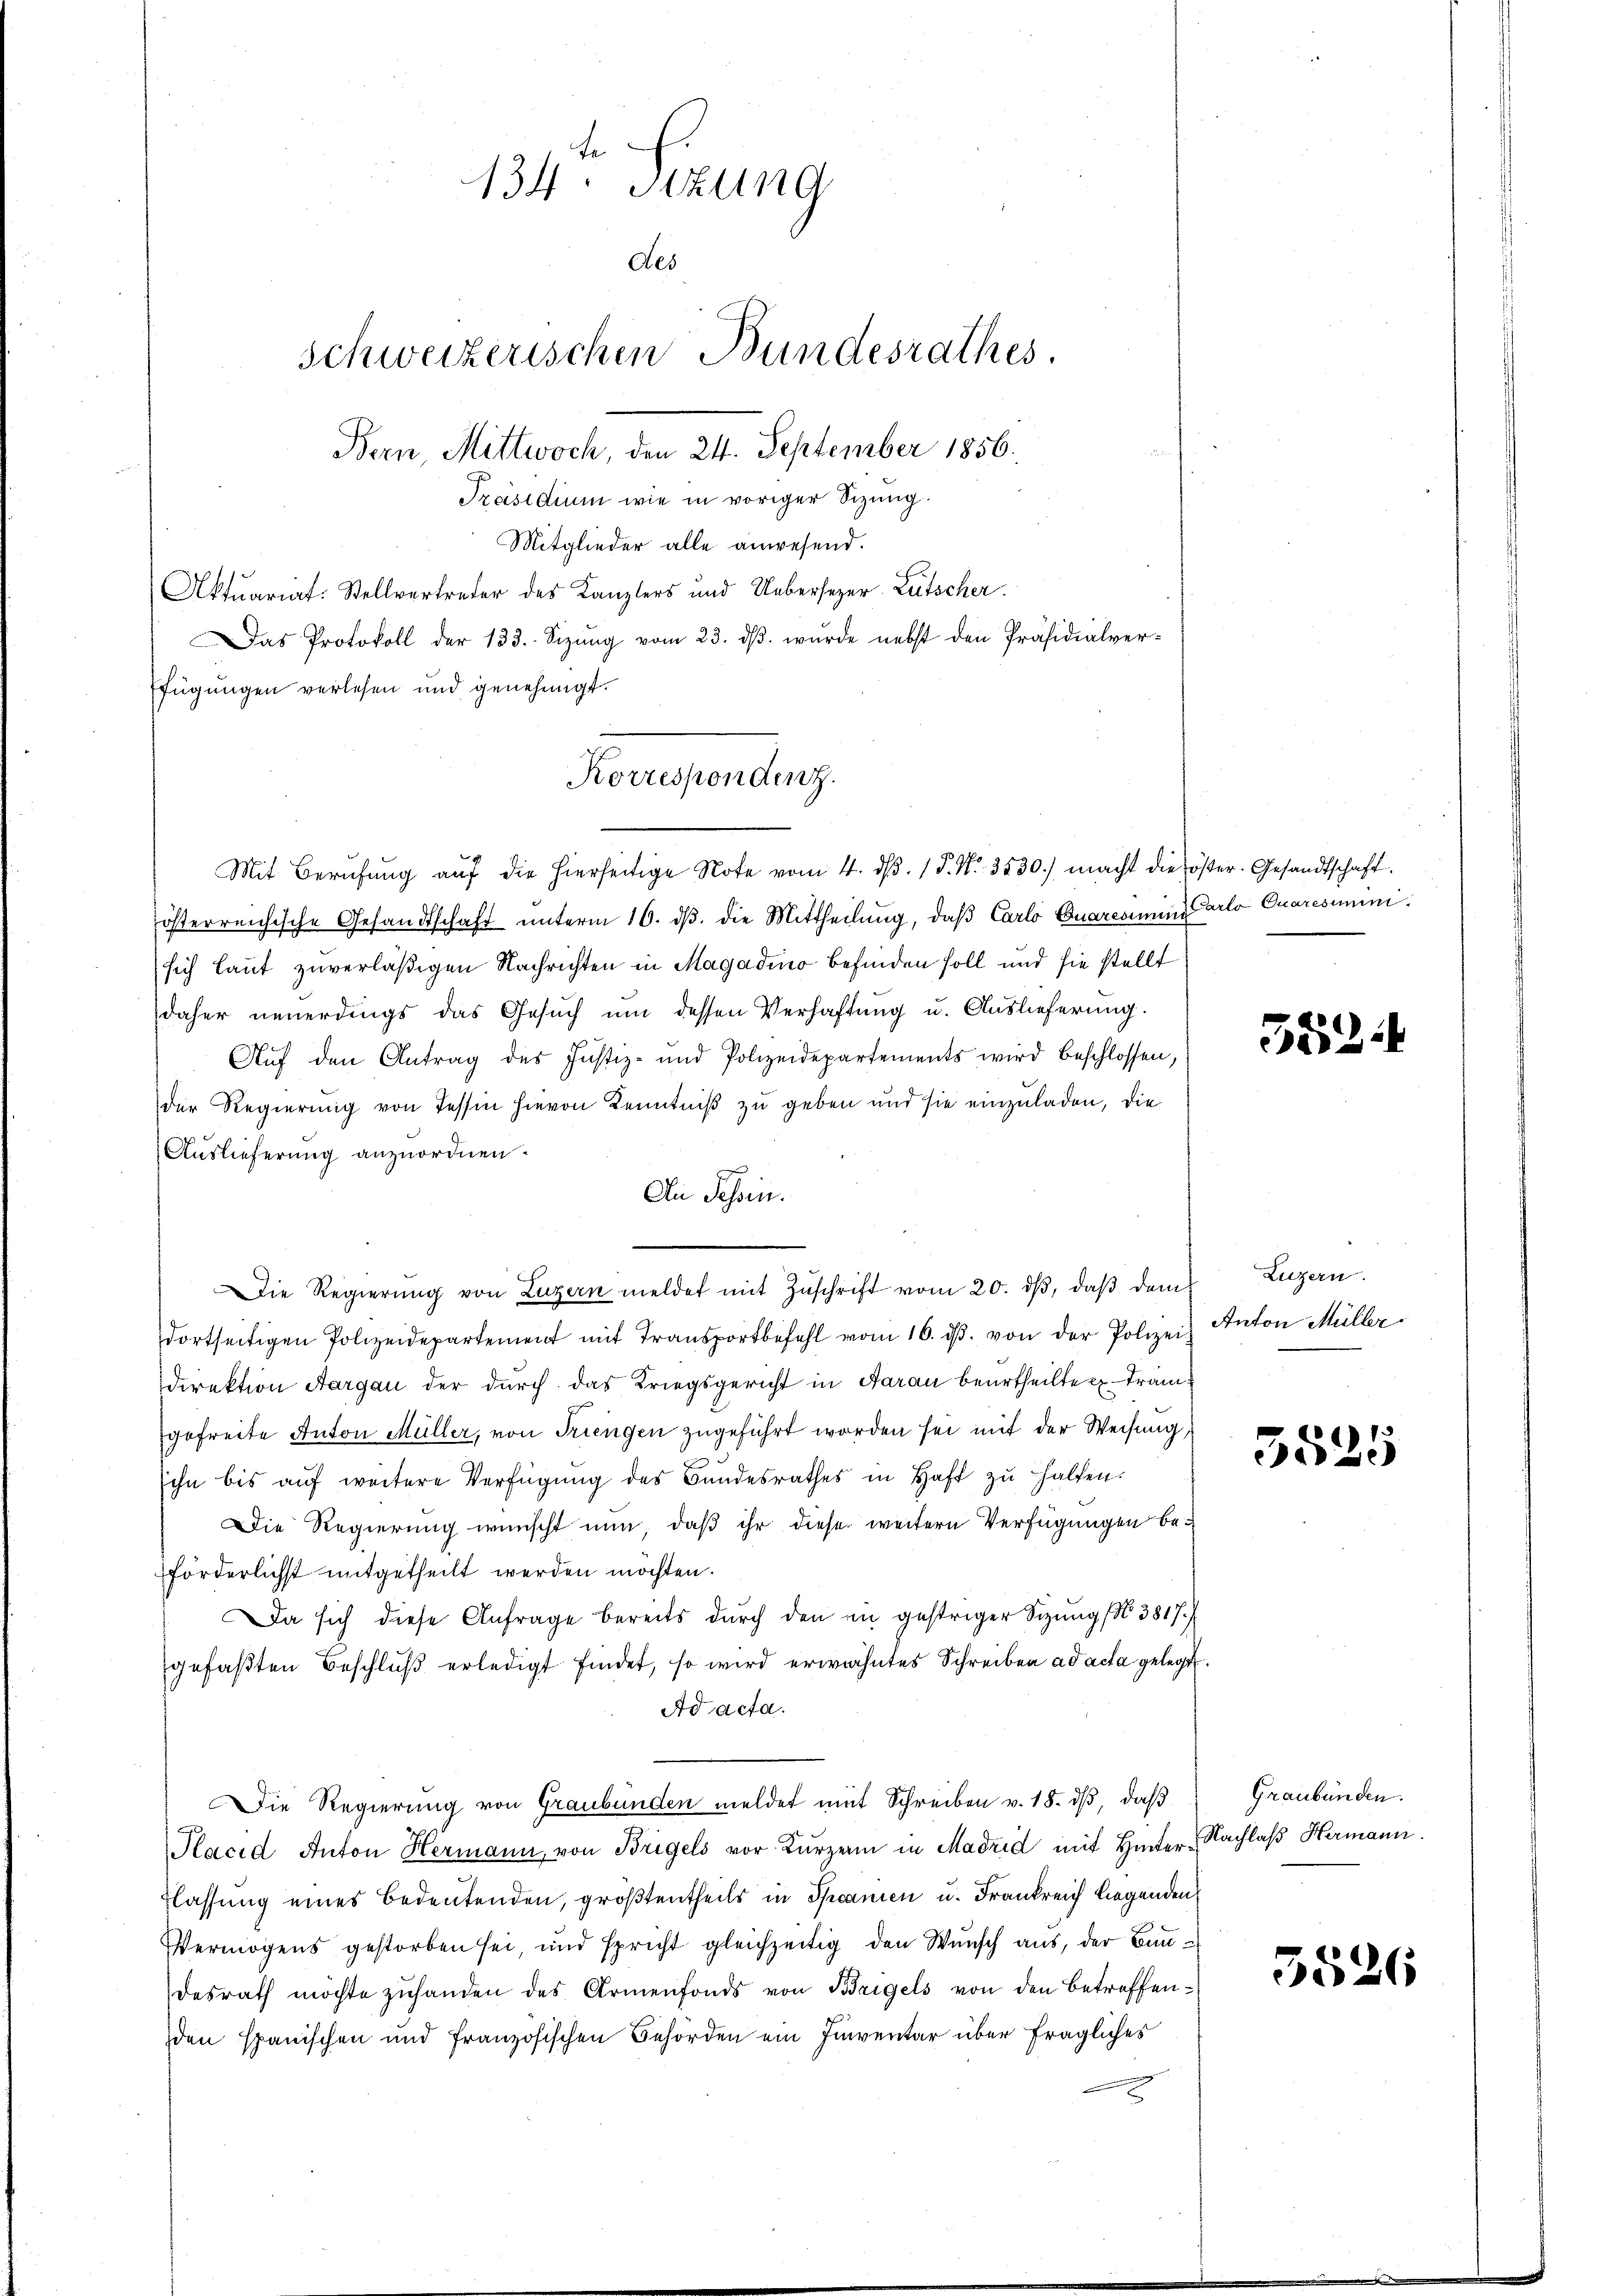
Mitglieder alle anwesend.
Aktuariat-Stellvertreter des Kanzlers und Uebersezer-Lutscher.
Das Protokoll der 133. Sizŭng vom 23. dβ. wurde nebst den Präsidialverfügungen verlesen und genehmigt.

134. Sitzung
des
Schweizerischen Bundesrathes.
Bern, Mittwoch, den 24. September 1856.
Präsidium wie in voriger Sizung.

Korrespondenz.
Mit Berufung auf die hierseitige Note vom 4. dβ. 1 P. Nr. 3530.) macht die öster. Gesandtschaft

österreichische Gesandtschaft unterm 16. dβ. die Mittheilung, daß Carlo Quares eine Carlo Quaresiminisich laut zuverläßigen Nachrichten in Magadino befinden soll und sie stellt
daher neuerdings das Gesuch um dessen Verhaftung u. Auslieferung.
Auf den Antrag des Justiz- und Polizeidepartements wird beschlossen,
der Regierŭng von Tessin hievon Kenntniß zu geben und sie einzŭladen, die
Auslieferung anzuordnen.
An Tessin.
Die Regierŭng von Luzern meldet mit Zŭschrift vom 20. dβ, daβ dem
dortseitigen Polizeidepartement mit Transportbefehl vom 16. ds. von der Polizei
Direktion Aargau der durch das Kriegsgericht in Aarau beurtheilten Trängefreite Anton Müller, von Triengen zugeführt worden sei mit der Weisung,
ihn bis auf weitere Verfügung des Bundesrathes in Haft zu halfen.
Die Regierung wünscht nun, daß ihr diese weitern Verfügungen beförderlichst mitgetheilt werden möchten.
Da sich diese Anfrage bereits durch den in gestriger Sitzung No 3817.
gefaßten Beschlŭβ erledigt findet, so wird erwähntes Schreiben ad acta gelegt.
Ad acta.
Die Regierung von Graubünden meldet mit Schreiben v. 18. dβ, daß
Placid Anton Hermann, von Bregels vor Kürzerin in Madrid mit Hinter Nachlaβ Hermann.
lassung eines Bedeutenden, größtentheils in Spanien u. Frankreich liegenden,
Vermögens gestorben sei, und spricht gleichzeitig den Wunsch aus, der Bau-
desrath möchte zŭhanden des Armenfonds von Bregels von den betreffenden spanischen und französischen Behörden ein Inventar über fragliches

552

Luzern.
Anton Müller

3525

Graubünden.

5526